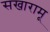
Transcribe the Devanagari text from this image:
सखारामू